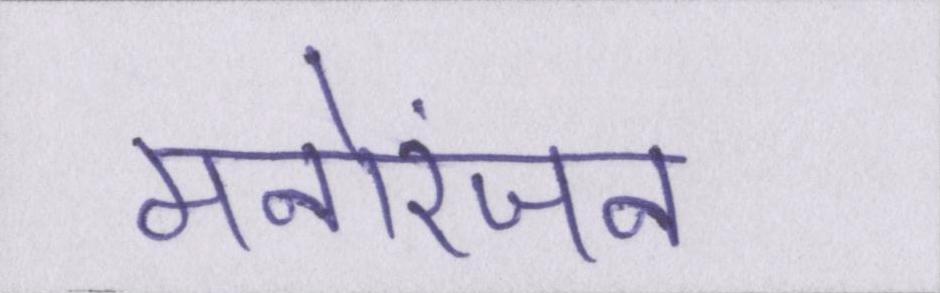
मनोरंजन